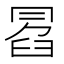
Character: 𠕣